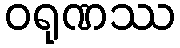
ဝရုဏဿ